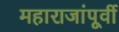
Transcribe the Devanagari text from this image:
महाराजांपूर्वी